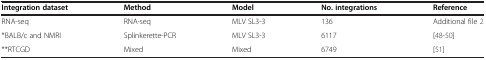
| Integration dataset | Method | Model | No. integrations | Reference |
 | --- | --- | --- | --- | --- |
 | RNA-seq | RNA-seq | MLV SL3-3 | 136 | Additional file 2 |
 | *BALB/c and NMRI | Splinkerette-PCR | MLV SL3-3 | 6117 | [48-50] |
 | **RTCGD | Mixed | Mixed | 6749 | [51] |